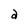
Character: a